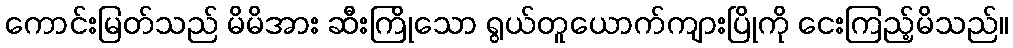
ကောင်းမြတ်သည် မိမိအား ဆီးကြိုသော ရွယ်တူယောက်ကျားပြိုကို ငေးကြည့်မိသည်။